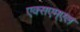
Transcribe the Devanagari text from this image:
एक्सएम्एल